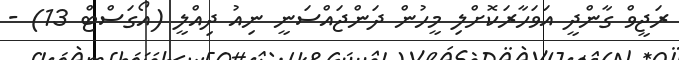
ރަޖީވް ގާންދީ އަވަހާރަކޮށްލި މީހުން ދަންޖައްސަނީ ނިއު ދިއްލީ (އޯގަސްޓް 13) -